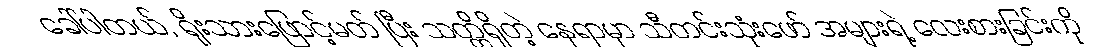
ခေါ်ပါတယ်, ရိုးသားဖြောင့်မတ် ပြီး သတ္တိရှိတဲ့ နေရာမှာ သီတင်းသုံးဖော် အများရဲ့ လေးစားခြင်းကို